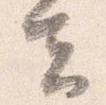
去